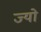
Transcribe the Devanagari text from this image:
ज्‍यो